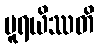
ပူရယိဿတိ